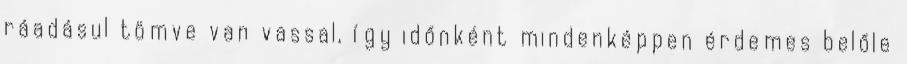
ráadásul tömve van vassal, így időnként mindenképpen érdemes belőle